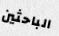
الباحثين